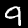
Digit: 9